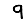
Digit: 9